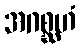
အဂစ္ဆဟံ